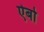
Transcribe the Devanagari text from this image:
ऐबो